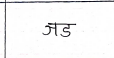
मजकूर: जड